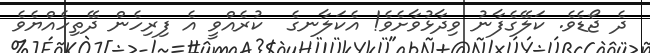
ދެ ޖޯޑެވެ. ކަލޭގެފާނު ވިދާޅުވާށެވެ! އެކަލާނގެ  ކުރެއްވީ އެ ފިރިހެން ދޭތިހެއްޔެވެ